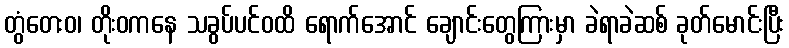
တွံတေးဝ၊ တိုးဝကနေ သခွပ်ပင်ဝထိ ရောက်အောင် ချောင်းတွေကြားမှာ ခဲရာခဲဆစ် ခုတ်မောင်းပြီး